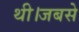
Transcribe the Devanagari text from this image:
थी।जबसे